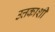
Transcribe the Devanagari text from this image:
उत्तकाशी